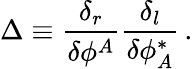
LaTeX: \Delta\equiv{\frac{\delta_{r}}{\delta\phi^{A}}}{\frac{\delta_{l}}{\delta\phi_{A}^{\ast}}}\, .